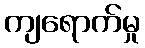
ကျရောက်မှု